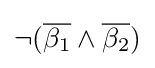
\neg ({\overline {\beta _{1}}}\land {\overline {\beta _{2}}})